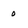
Character: 0